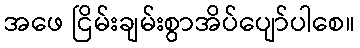
အဖေ ငြိမ်းချမ်းစွာအိပ်ပျော်ပါစေ။